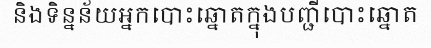
និងទិន្នន័យអ្នកបោះឆ្នោតក្នុងបញ្ជីបោះឆ្នោត